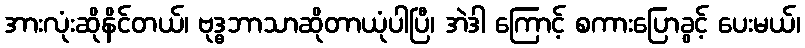
အားလုံးဆိုနိင်တယ်၊ ဗုဒ္ဓဘာသာဆိုတာယုံပါပြီ၊ အဲဒါ ကြောင့် စကားပြောခွင့် ပေးမယ်၊